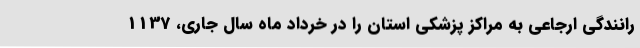
رانندگی ارجاعی به مراکز پزشکی استان را در خرداد ماه سال جاری، 1137